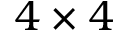
4 \times 4